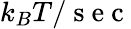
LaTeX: k_{B}T/\mathrm{~s~e~c~}